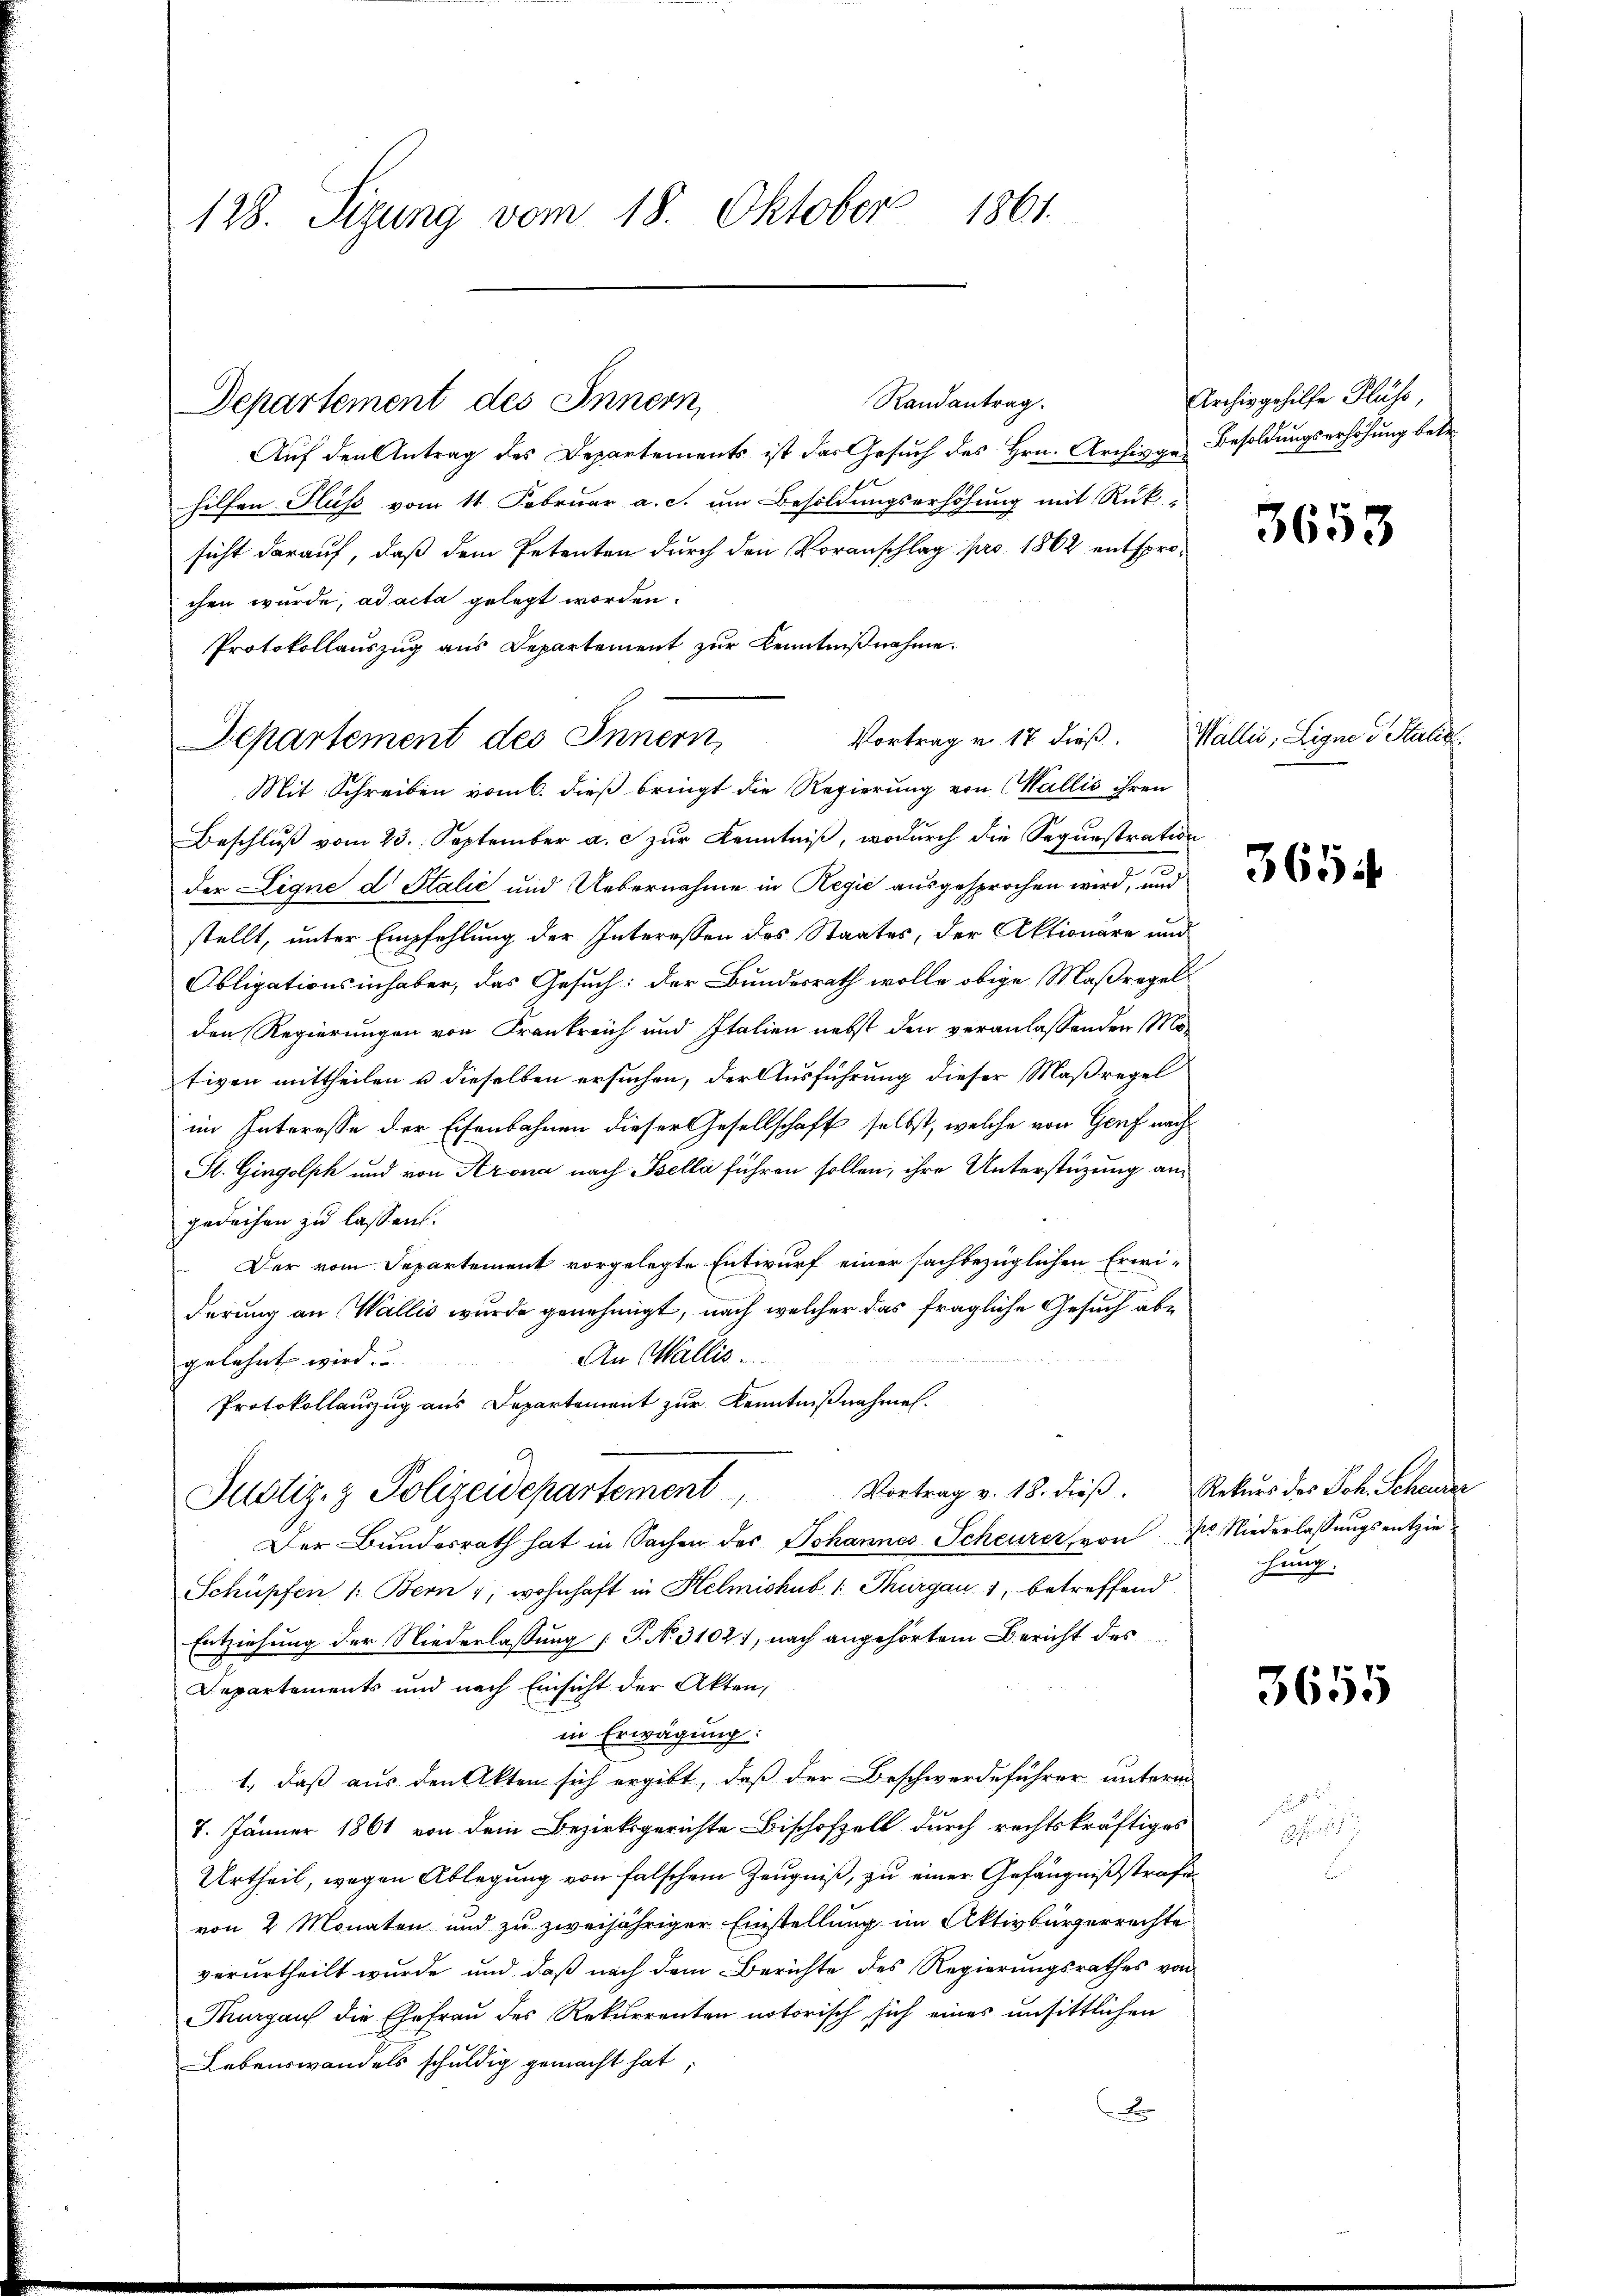
128. Sizung vom 18. Oktober 1861.

Auf den Antrag des Departements ist das Gesuch des Hrn. Archivge Besoldungserhöhung betr.
hilfen Fluss vom 11. Februar a. c. um Besoldungserhöhung mit Rük
sicht darauf, daß dem Petenten durch den Voranschlag pro 1862 entsprochen wurde, ad acta gelegt worden.
Protokollauszug aus Departement zur Kenntnißnahme.
Mit Schreiben vom 6. dieß bringt die Regierung von Wallis ihren
Beschluß vom 23. September a. c. zur Kenntniß, wodurch die Segunstration
der Eigne d Stalić und Uebernahme in Regić ausgesprochen wird, und
stellt, unter Empfehlung der Interessen des Staates, der Aktionare und
Obligationsinhaber, das Gesuch: der Bundesrath wolle obige Maßregel
den Regierungen von Frankreich und Italien nebst den veranlassenden Motiven mittheilen u dieselben ersuchen, der Ausführung dieser Maßregel
im Interesse der Eisenbahnen dieser Gesellschaft selbst, welche von Genf nach
St. Gingolph und von Azona nach Bella führen sollen, ihre Unterstüzung angedachen zu lassen.
Der vom Departement vorgelegte Entwurf einer sachbezüglichen Erwiderung an Wallis wurde genehmigt, nach welcher das fragliche Gesuch abe
An Wallis.
n
gelehnt wird.
Protokollauszug aus Departement zur Kenntnißnahmen.
Vortrag v. 18. dieß. Rekurs des Joh. Schender
Justiz & Polizeidepartement,
Der Bundesrath hat in Sachen des Johannes Scheurer von Dr. Niederlassungsentzie¬
Schüpfen 1: Bern 1, wohnhaft in Helmishub. 1 Thurgau 1, betreffend
Entziehung der Niederlassung (T. N. 3102), nach angehörtem Bericht des
Departements und nach Einsicht der Akten,
in Erwägung:
1., daß aus den Akten sich ergibt, daß der Beschwerdeführer unterm
7. Jänner 1861 von dem Bezirksgerichte Bischofzell durch rechtskräftiges
Urtheil, wegen Ablegung von falschem Zeugniß, zu einer Gefängnißstrafen
von 2 Monaten und zu zweijähriger Einstellung im Aktivbürgerrechte
verurtheilt wurde und daß nach dem Berichte des Regierungsrathes von
Thurgau die Ehefrau des Rekurrenten notorisch sich eines unsittlichen
Lebenswandels schuldig gemacht hat,
A

Departement des Innern,

Vortrag v. 17 dieß.
Departement des Innern,

Randantrag.

Archiv gehilfe Fluss,

3653

Wallis, Ligne u Stalis

3654

hung.

3655